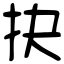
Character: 抉